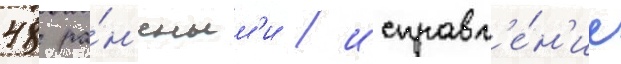
48 ра́н'еным'и / исправл'е́н'ие